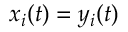
x _ { i } ( t ) = y _ { i } ( t )